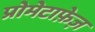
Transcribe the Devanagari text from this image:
प्रोमेटाफ़ेज़